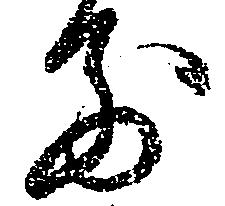
前